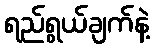
ရည်ရွယ်ချက်နဲ့